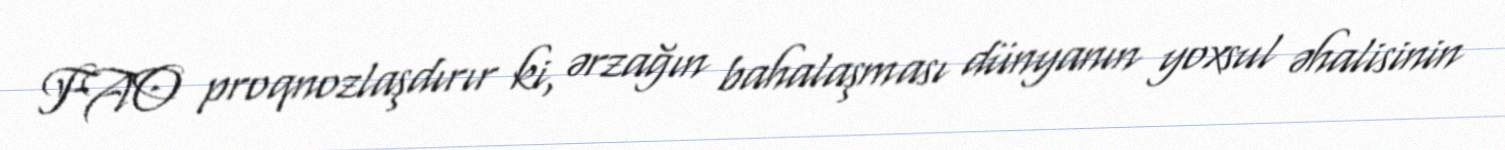
FAO proqnozlaşdırır ki, ərzağın bahalaşması dünyanın yoxsul əhalisinin